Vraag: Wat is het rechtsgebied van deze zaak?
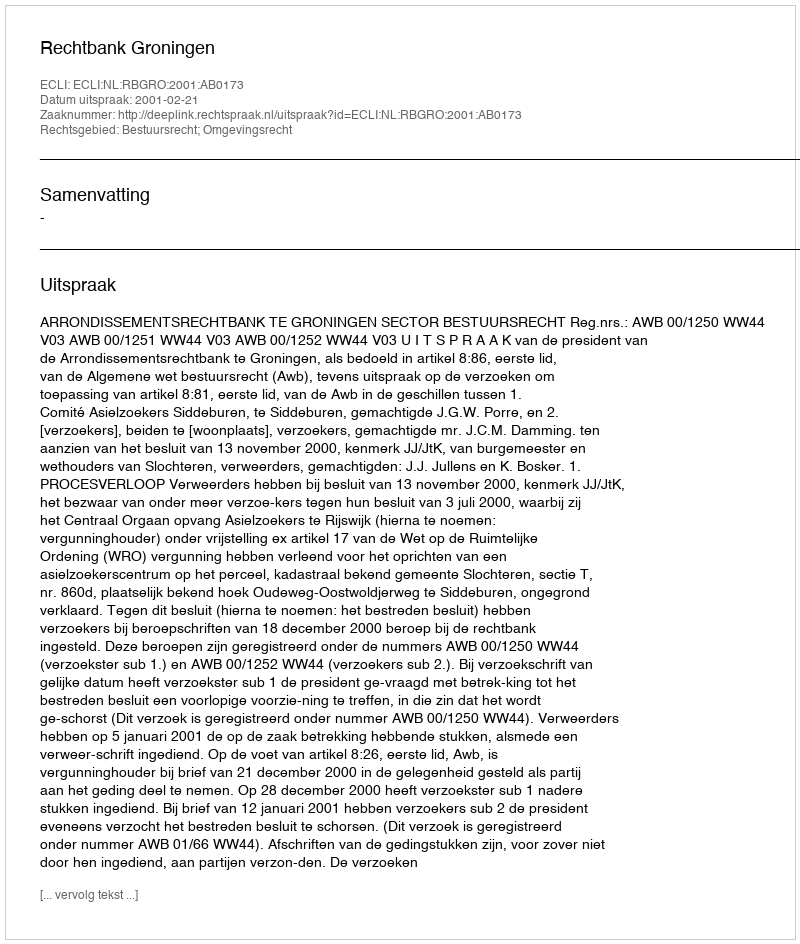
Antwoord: Bestuursrecht; Omgevingsrecht